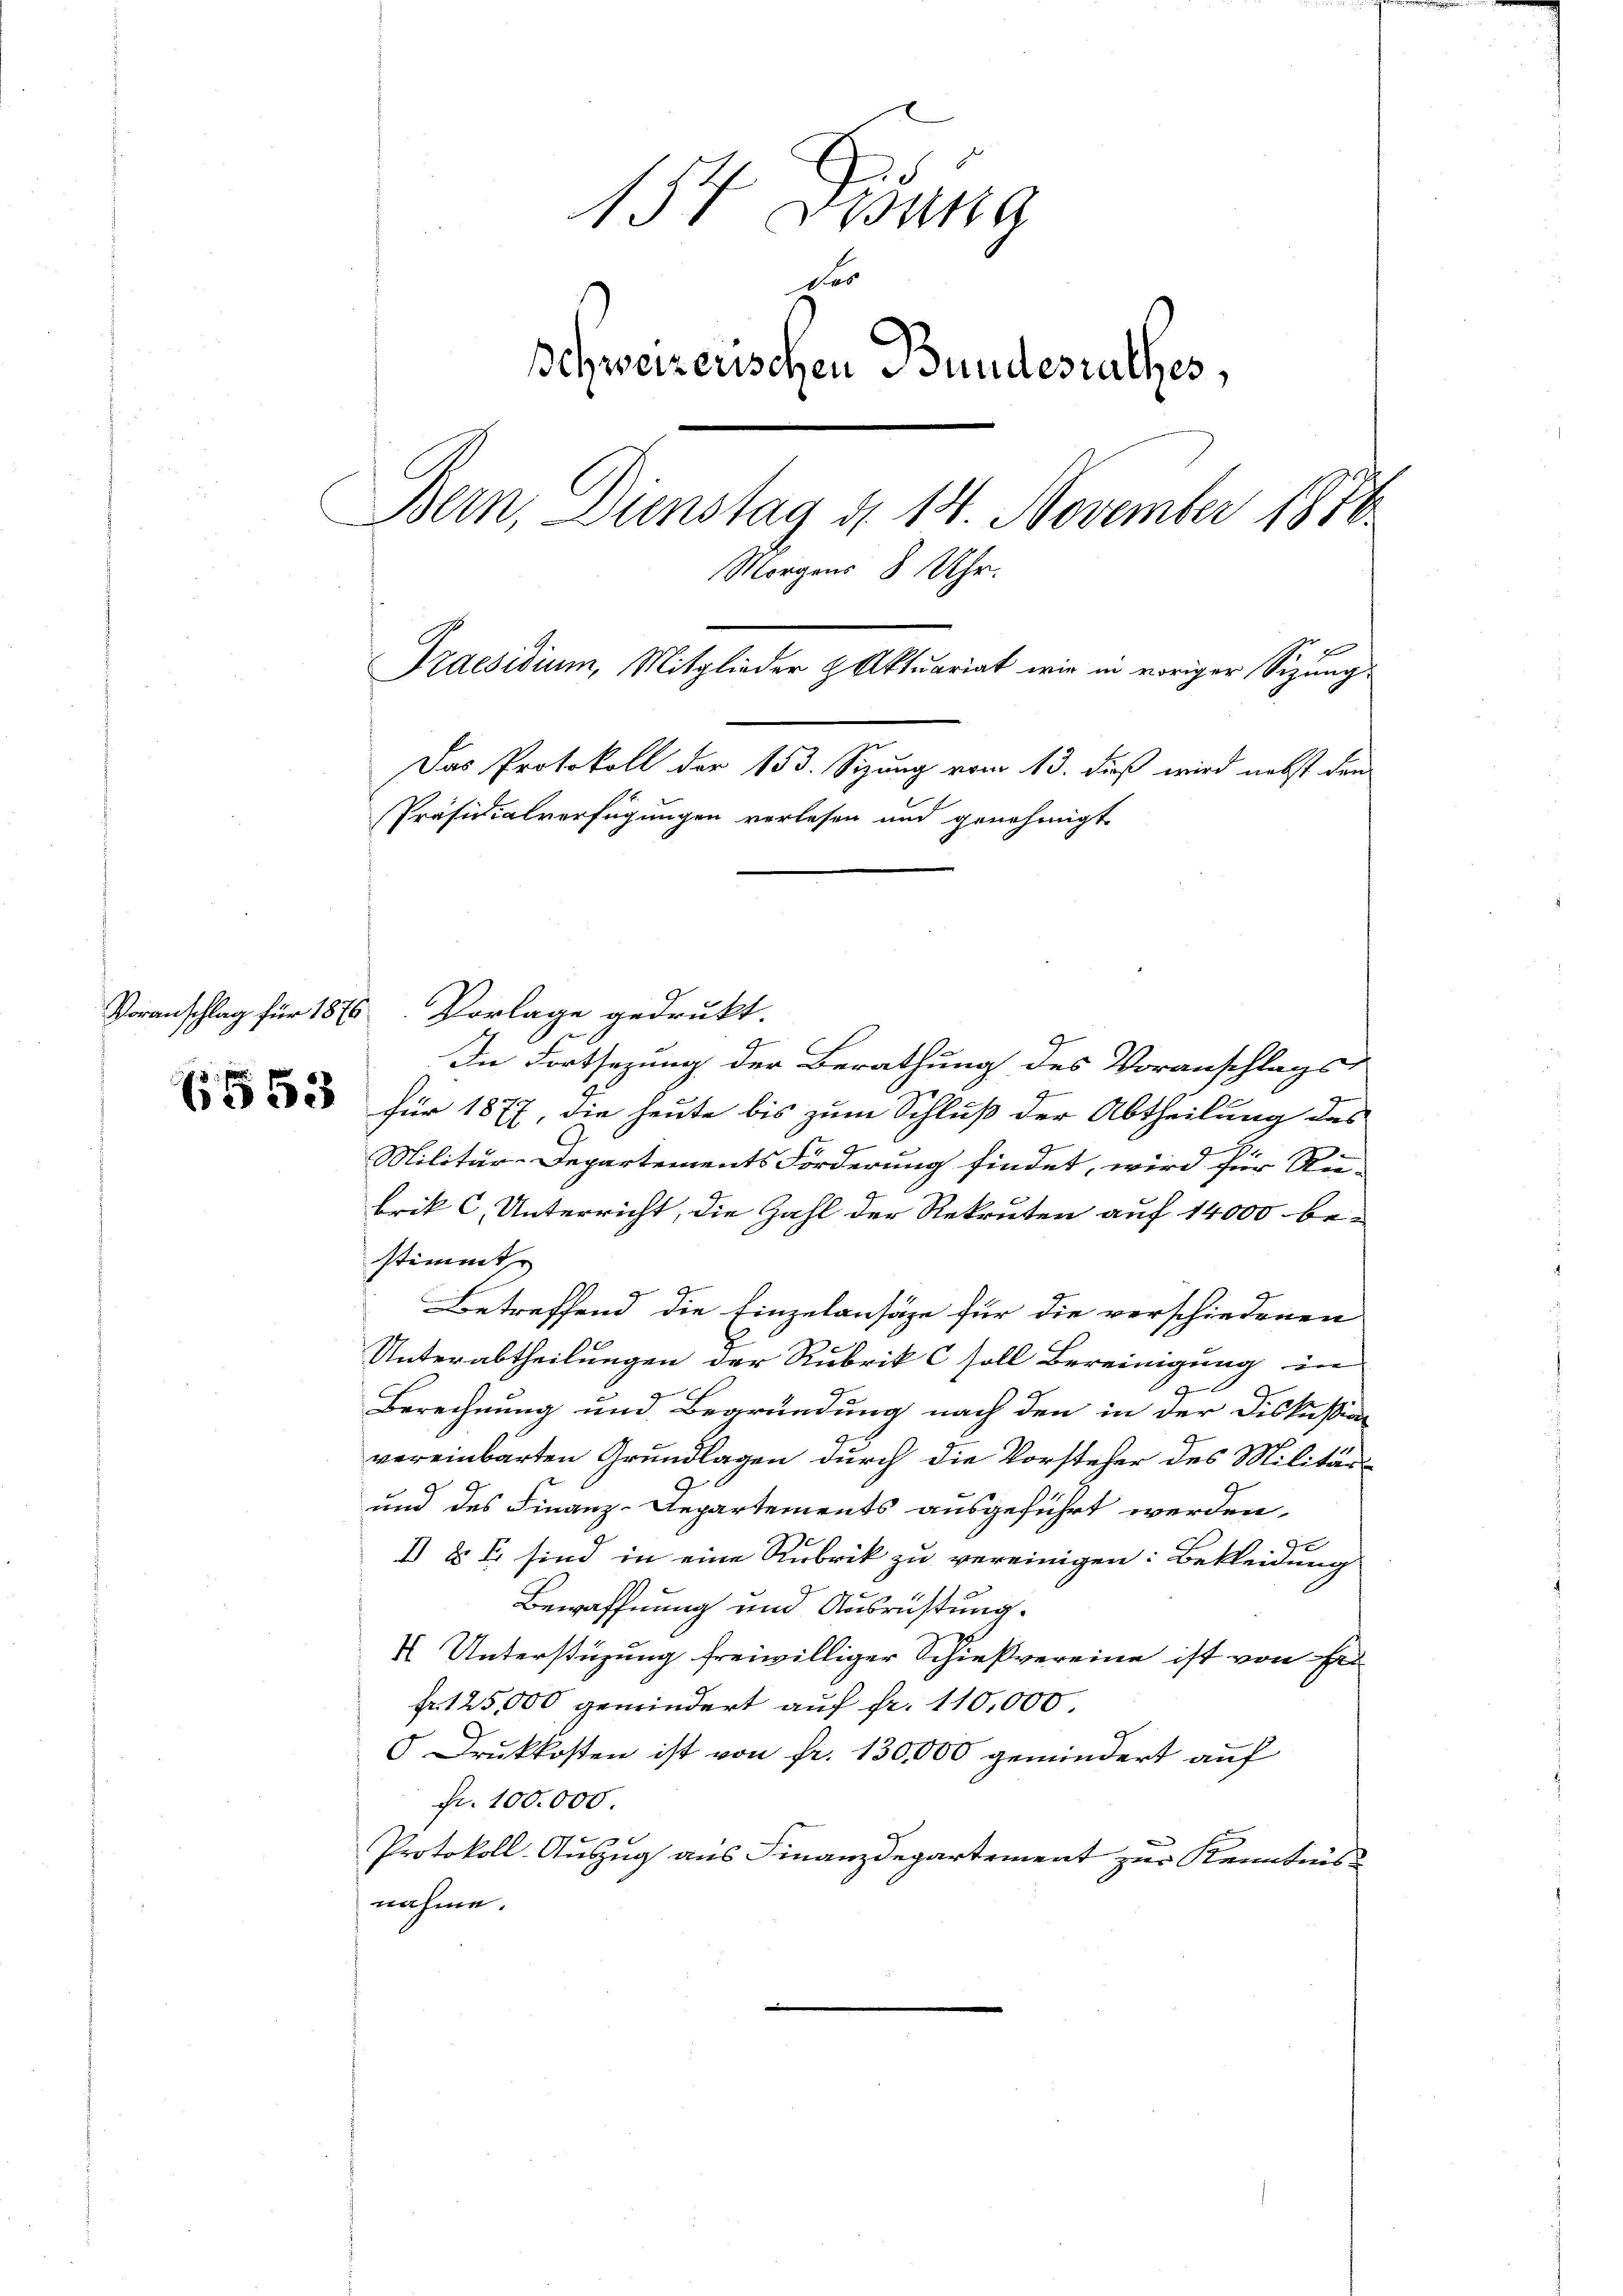
154. Desung
der
schweizerischen Bundesrathes,
Bern, Dienstag d. 14. November 1876
e
Morgens 8 Ap
Praesidium, Mitglieder & Aktuariat wir in voriger Sizung
Das Protokoll der 153. Sizung vom 13. dieß wird nebst den
Präsidialverfügungen verlesen und genehmigt

4
In Fortsezung der Berathung des Voranschlags-
2 für 1877, die heute bis zum Schluß der Abtheilung des
Militär-Departements Forderung findet, wird für Rei-
brik C, Unterricht, die Zahl der Rekruten auf 14000 be-
stimmt
Betreffend die Einzulansäze für die verschiedenen
Unterabtheilungen der Rubrik C soll Bereinigung in
9
Berechnung und Begründung nach den in der Diskußion
vereinbarten Grundlagen durch die Vorsteher des Militärb
und des Finanz-Departements ausgeführt werden.
I § 7 sind in eine Rubrik zu vereinigen: Bekleidung
Bewaffnung und Ausrüstung.
4 Unterstüzung freiwilliger Schießvereine ist von Er
Fr. 125,000 gemindert auf fr. 110,000
 Druckkosten ist von fr. 130,000 gemindert auf
fr. 100.000.
 x
Protokoll-Auszug aus Finanzdepartement zur Kenntnis
nahme.

Voranschlag für 1875 Vorlage gedrukt.